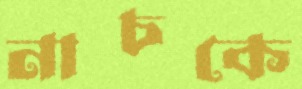
নাচকে